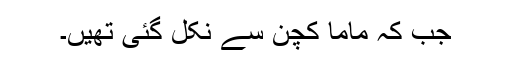
جب کہ ماما کچن سے نکل گئی تھیں۔